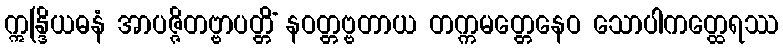
ဣန္ဒြိယဓနံ အာပဇ္ဇိတဗ္ဗာပတ္တိံ နဝတ္တဗ္ဗတာယ တက္ကမတ္တေနေဝ သောပါကတ္ထေရဿ